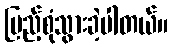
ပြည့်စုံသွားခဲ့ပါတယ်။